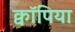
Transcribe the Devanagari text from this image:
क्वॉपिया